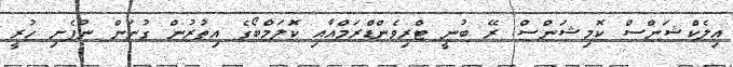
އިލެކްޝަންސް ކޮމިޝަންސް ރޭ ބުނީ ޓްރިވެންޑްރަމްއާއި ކޮލަމްބޯގެ އިތުރުން ގުނަން ނުފެށި ހުރީ